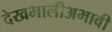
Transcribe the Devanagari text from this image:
देखभालीअभावी